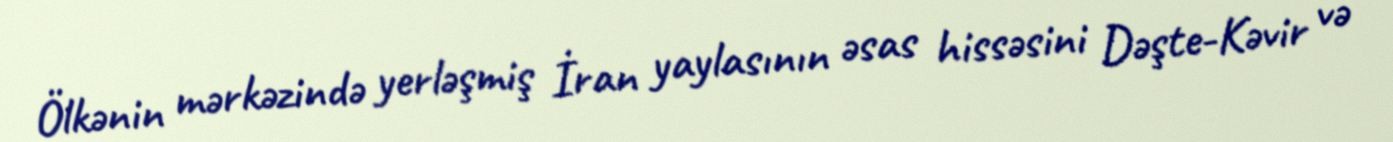
Ölkənin mərkəzində yerləşmiş İran yaylasının əsas hissəsini Dəşte-Kəvir və